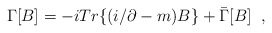
\begin{align*}\Gamma\lbrack B\rbrack =-i Tr\lbrace (i\slash\partial-m)B\rbrace+\bar\Gamma[B]\; \;,\end{align*}